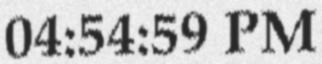
04:54:59 PM